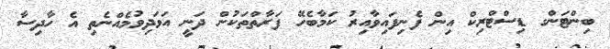
ބިންޓަންގ ޑިސްޓްރިކް އިން ފެނިފައިވާއިރު ކަމާބެހޭ ފަރާތްތަކުން ދަނީ އަވަދިވުމެއްނެތި އެ ހާދިސާ